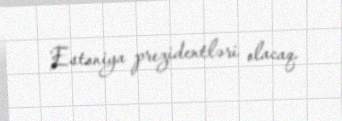
Estoniya prezidentləri olacaq.